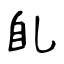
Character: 臫